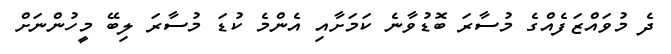
ދެ މުވައްޒަފެއްގެ މުސާރަ ބޮޑުވާނެ ކަމަށާއި އެންމެ ކުޑަ މުސާރަ ލިބޭ މީހުންނަށް